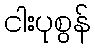
ငါးပုစွန်